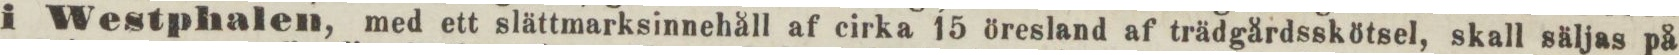
i Westphalen, med ett slättmarksinnehåll af cirka 15 öresland af trädgårdsskötsel, skall säljas på